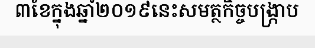
៣ខែក្នុងឆ្នាំ២០១៩នេះសមត្ថកិច្ចបង្ក្រាប